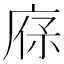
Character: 𢉔